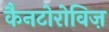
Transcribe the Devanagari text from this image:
कैनटोरोविज़